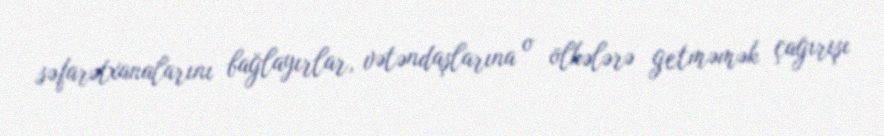
səfarətxanalarını bağlayırlar, vətəndaşlarına o ölkələrə getməmək çağırışı